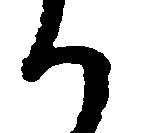
か